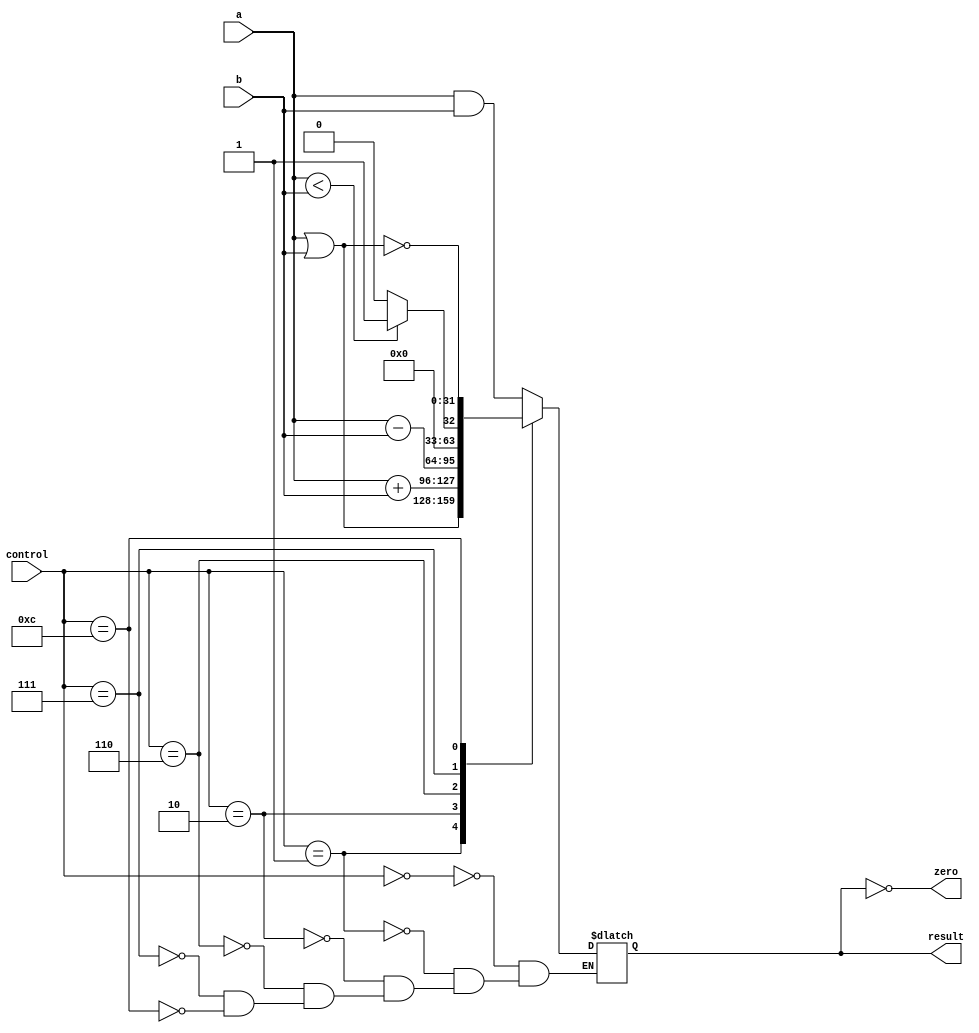
`ifndef MODULE_ALU
`define MODULE_ALU
`timescale 1ns / 1ps

module ALU (
    input       [3:0]   control,
    input       [31:0]  a, b,
    output              zero,
    output reg  [31:0]  result
);

    assign zero = (result == 0);

    initial begin
        result = 32'b0;
    end

    always @ ( control, a, b ) begin
        case (control)
            4'b0000: // AND
                result = a & b;
            4'b0001: // OR
                result = a | b;
            4'b0010: // ADD
                result = a + b;
            4'b0110: // SUB
                result = a - b;
            4'b0111: // SLT
                result = (a < b) ? 1 : 0;
            4'b1100: // NOR
                result = ~(a | b);
            default: ;
        endcase
    end

endmodule // ALU

`endif // MODULE_ALU